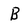
Character: B